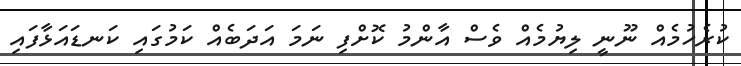
ކުރެހުމެއް ނޫނީ ލިޔުމެއް ވެސް އާންމު ކޮށްފި ނަމަ އަދަބެއް ކަމުގައި ކަނޑައަޅާފައި